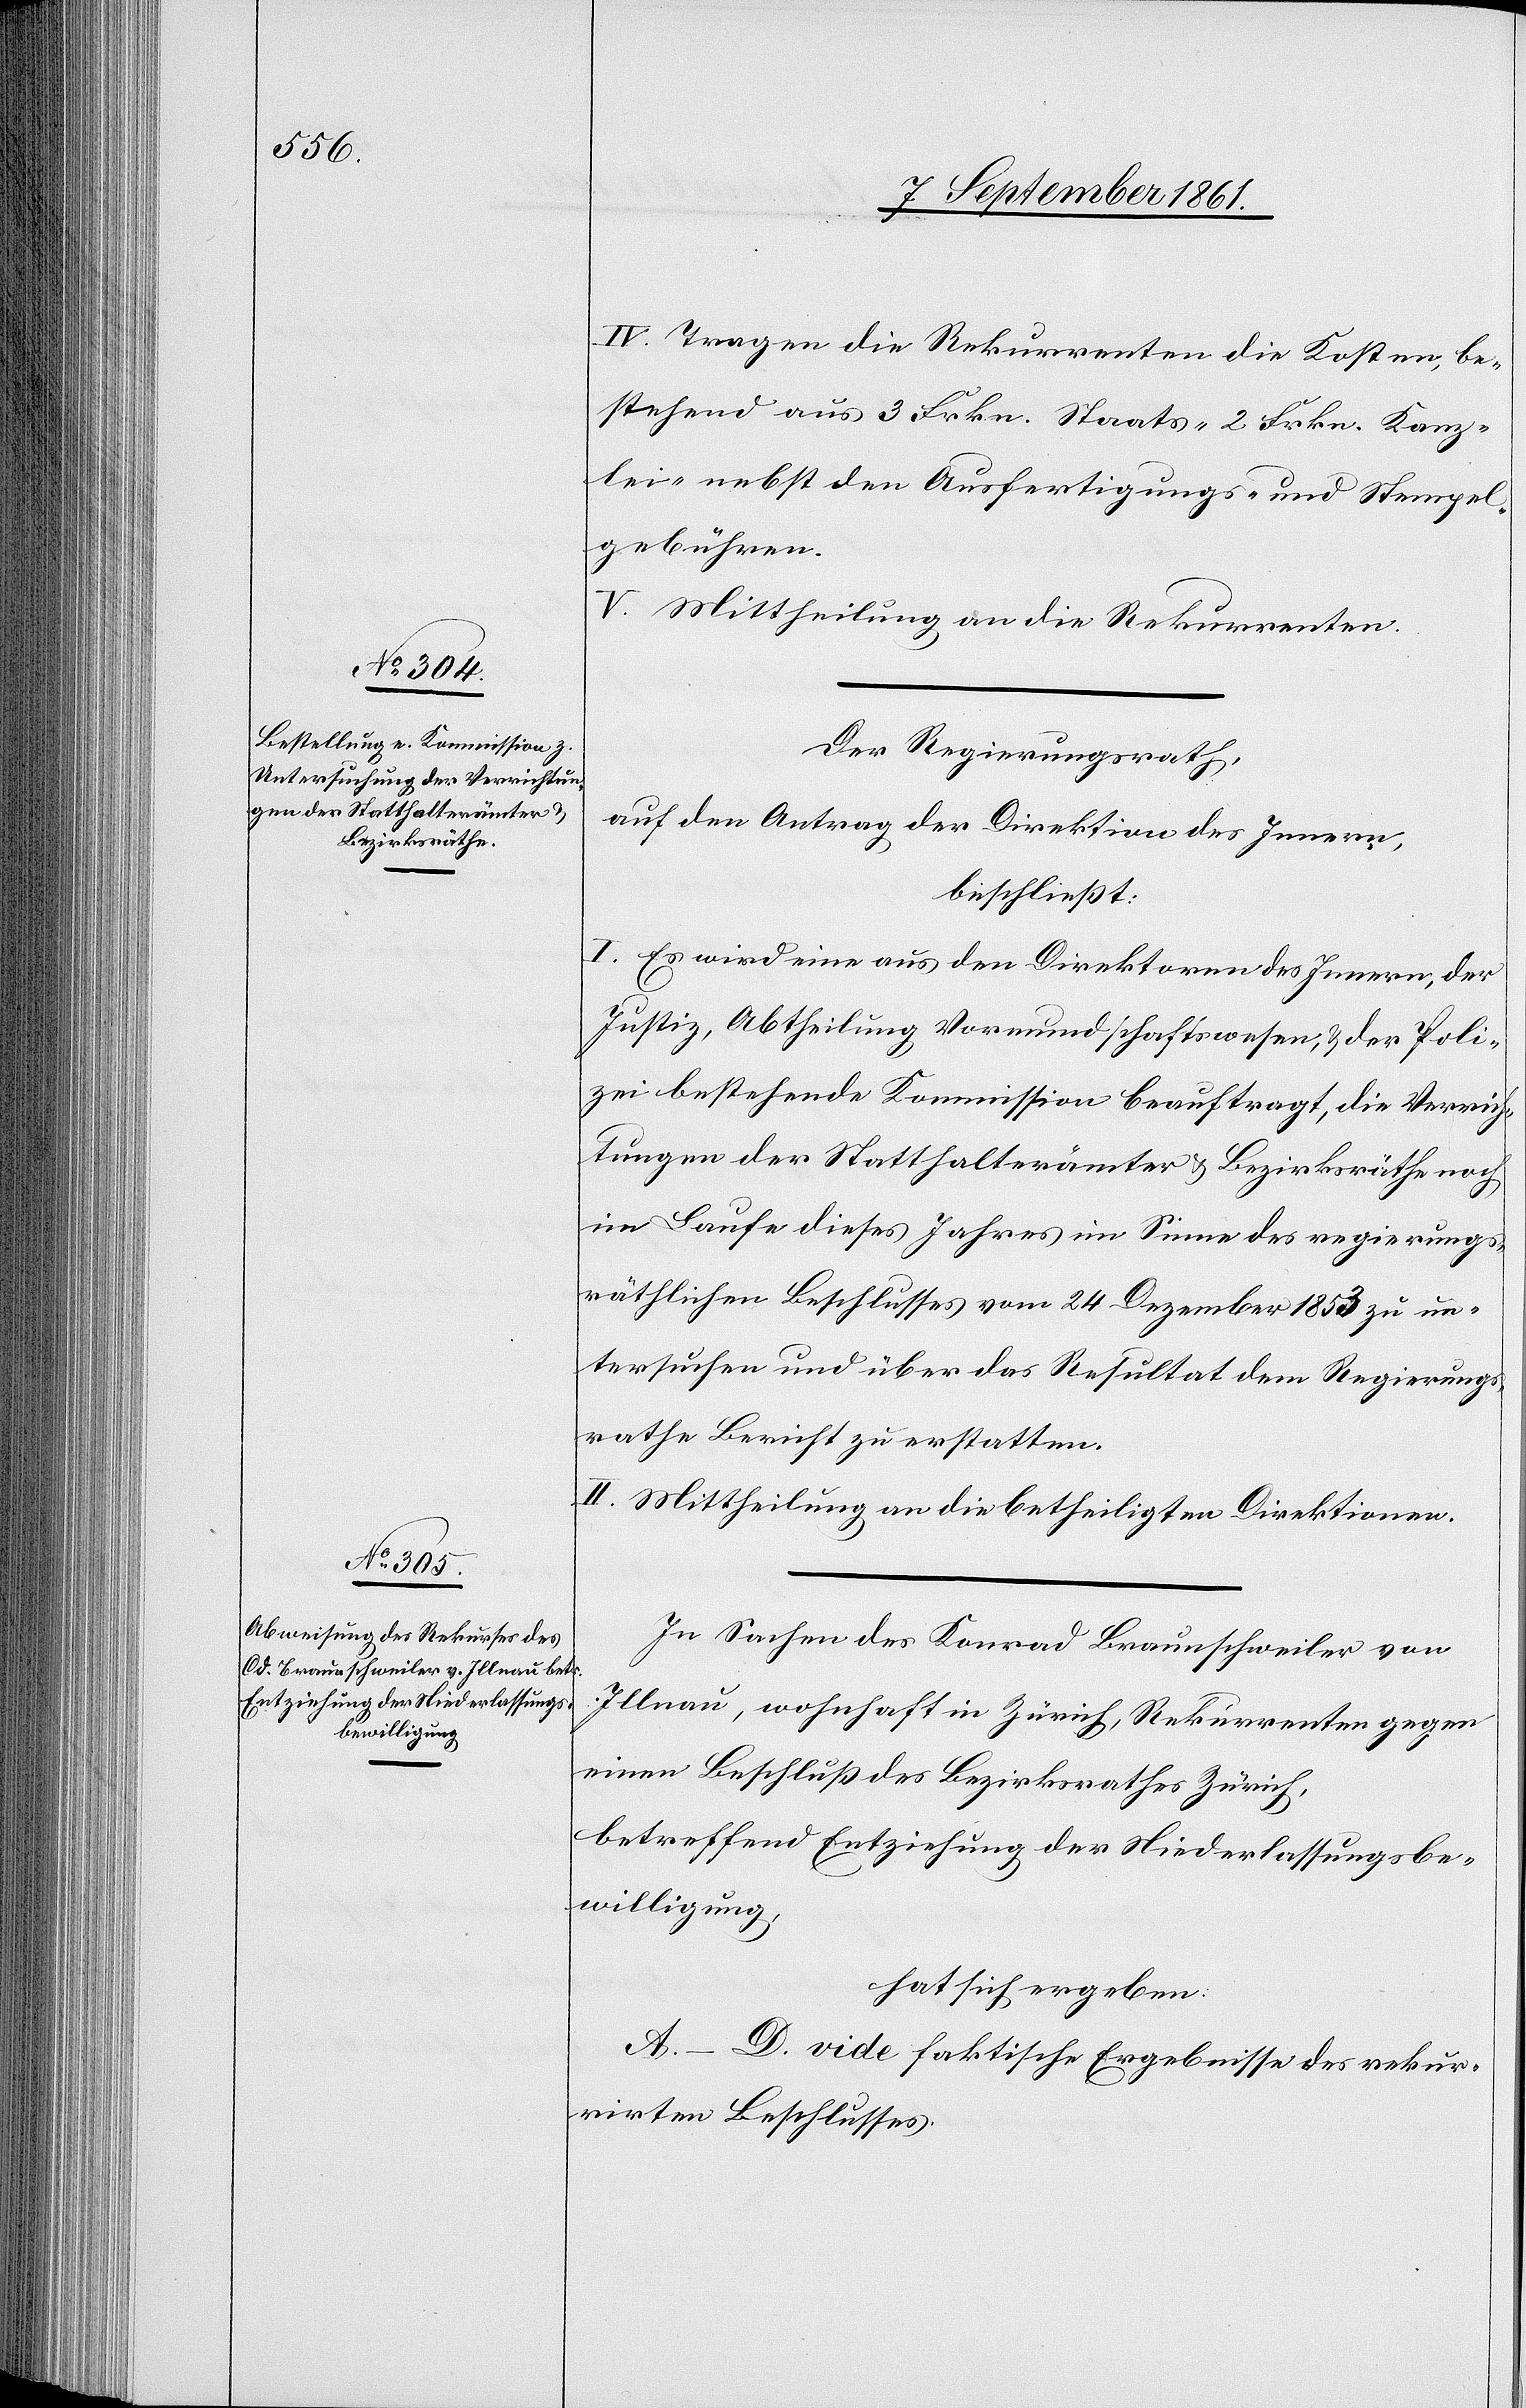
IV. Tragen die Rekurrenten die Kosten, be¬
stehend aus 3 Frkn. Staats-[,] 2 Frkn. Kanz¬
lei-[,] nebst den Ausfertigungs- u. Stempel¬
gebühren.
V. Mittheilung an die Rekurrenten.
Der Regierungsrath,
auf den Antrag der Direktion des Innern,
beschließt:
I. Es wird eine aus den Direktoren des Innern, der
Justiz, Abtheilung Vormundschaftswesen, u. der Poli¬
zei bestehende Kommission beauftragt, die Verrich¬
tungen der Statthalterämter u. Bezirksräthe noch
im Laufe dieses Jahres im Sinne des regierungs¬
räthlichen Beschlusses vom 24 Dezember 1853 zu un¬
tersuchen und über das Resultat dem Regierungs¬
rathe Bericht zu erstatten.
II. Mittheilung an die betheiligten Direktionen.
In Sachen des Konrad Braunschweiler von
Illnau, wohnhaft in Zürich, Rekurrenten gegen
einen Beschluß des Bezirksrathes Zürich,
betreffend Entziehung der Niederlassungsbe¬
willigung,
hat sich ergeben
A–D. vide faktische Ergebnisse des rekur¬
rirten Beschlusses.